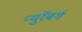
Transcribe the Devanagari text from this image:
न्युरेंबर्ग